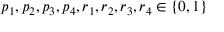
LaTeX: p _ { 1 } , p _ { 2 } , p _ { 3 } , p _ { 4 } , r _ { 1 } , r _ { 2 } , r _ { 3 } , r _ { 4 } \in \{ 0 , 1 \}